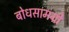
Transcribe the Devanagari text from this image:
बोधसामग्री